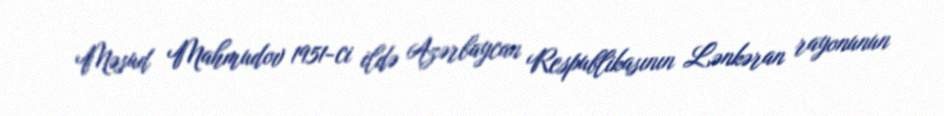
Məsud Mahmudov 1951-ci ildə Azərbaycan Respublikasının Lənkəran rayonunun